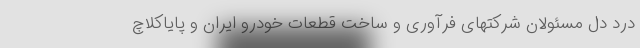
درد دل مسئولان شرکتهای فرآوری و ساخت قطعات خودرو ایران و پایاکلاچ